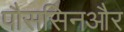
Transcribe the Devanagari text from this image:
पौससिनऔर